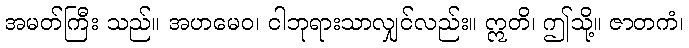
အမတ်ကြီး သည်။ အဟမေဝ၊ ငါဘုရားသာလျှင်လည်း။ ဣတိ၊ ဤသို့။ ဇာတကံ၊